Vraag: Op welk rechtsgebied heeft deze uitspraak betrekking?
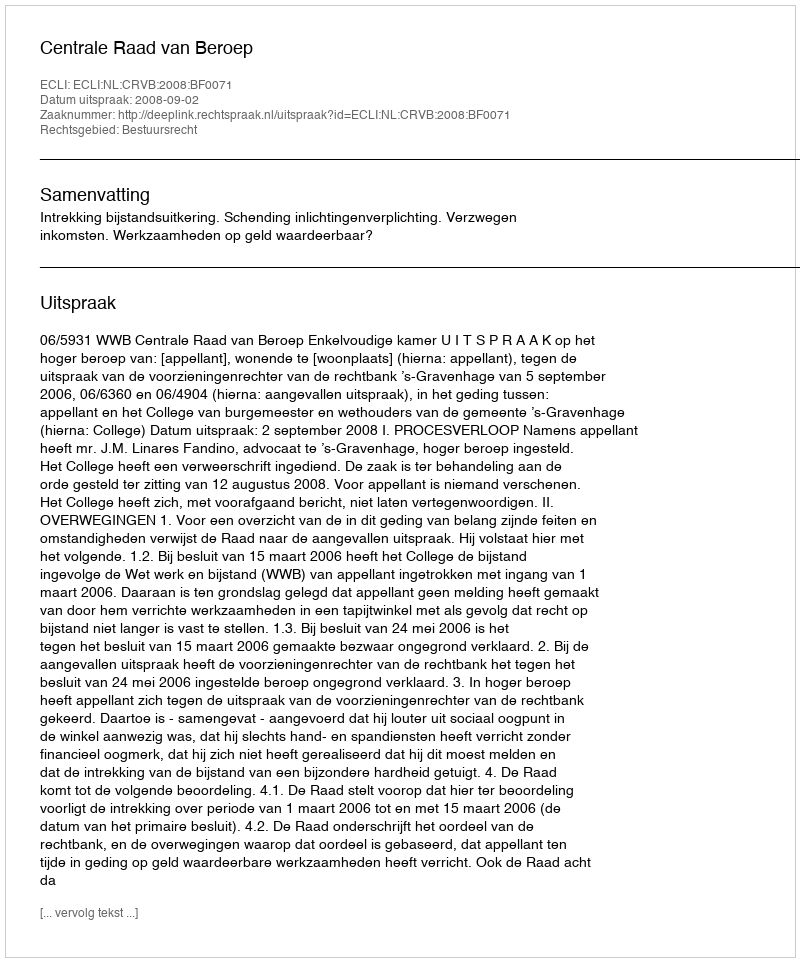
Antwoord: Bestuursrecht